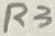
Text: R3